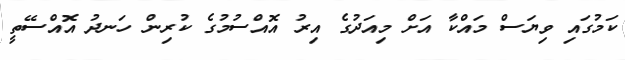
ކަމުގައި ވިޔަސް މައްކާ އަށް މިއަދުގެ އިރު އޮއްސުުމުގެ ކުރިން ހަނދު އޮއްސޭތީ